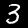
Digit: 3